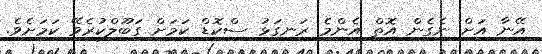
އޭނާ އަށް ނެގެން އޮތް އެންމެ ރަނގަޅު ސްކޮޑް ކަމަށް ގަބޫލްކުރެވޭ ކަމަށެވެ.